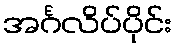
အင်္ဂလိပ်ပိုင်း